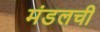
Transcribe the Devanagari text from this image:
मंडलची